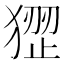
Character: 𤠏